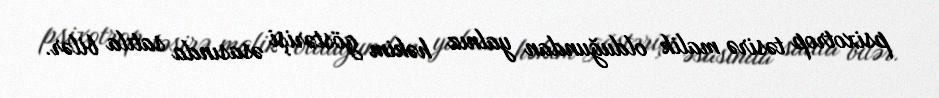
psixotrop təsirə malik olduğundan yalnız həkim göstərişi əsasında satıla bilər.